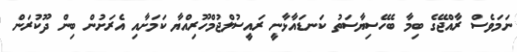
ނަމަވެސް ރާއްޖޭގެ ބިމާ ބެހޭސިޔާސަތު ކަނޑައާޅާނީ ރައީސުލްޖުމްހޫރިއްޔާ ކަމަށާއި އެރަށުން ބިން ދޫކުރަން